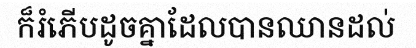
ក៏រំភើបដូចគ្នាដែលបានឈានដល់